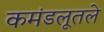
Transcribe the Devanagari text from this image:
कमंडलूतले